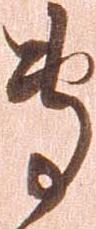
専